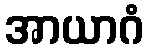
အာယာဂံ